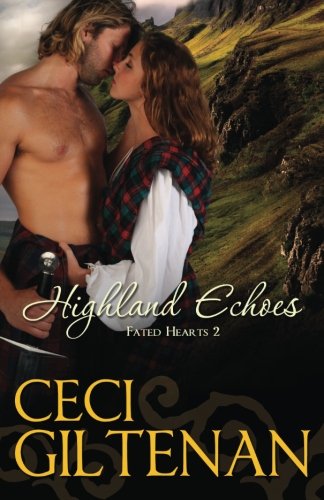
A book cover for Highland Echoes; Ceci Giltenan; Romance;